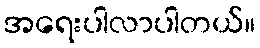
အရေးပါလာပါတယ်။